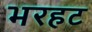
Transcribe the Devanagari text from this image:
भरहट